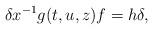
LaTeX: \begin{align*} \delta x^{-1} g(t,u,z) f =h \delta , \end{align*}